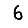
Digit: 6